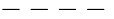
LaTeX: ----{}